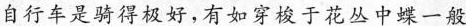
自行车是骑得极好，有如穿梭于花中蝶一般